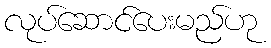
လုပ်ဆောင်ပေးမည်ဟု